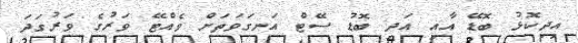
އިދިކޮޅު ބޮޑޭ އާއި އަދި ބޮޑު ސޭޓް އަނގަވަތަށް ވެއްޓޭ ވަރުގެ ވަރުގަދަ